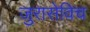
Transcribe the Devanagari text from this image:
जुरासेविच